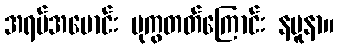
အရပ်အမောင်း ပုကွတတ်ကြောင်း နမူနာ။